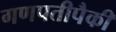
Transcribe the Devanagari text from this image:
गणपतीपैकी